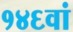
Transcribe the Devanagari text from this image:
१४६वां